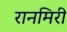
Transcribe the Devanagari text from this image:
रानमिरी